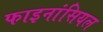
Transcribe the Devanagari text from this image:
फाइनांसियल